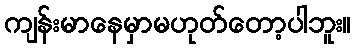
ကျန်းမာနေမှာမဟုတ်တော့ပါဘူး။